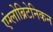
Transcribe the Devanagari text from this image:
एंग्लोब्रिटेनिकन